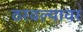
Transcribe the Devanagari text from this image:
ठरवल्यावर